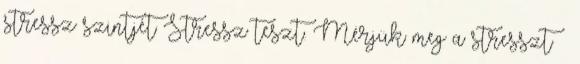
stressz szintjét Stressz teszt. Mérjük meg a stresszt »